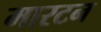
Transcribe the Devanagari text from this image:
मारटन